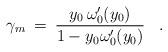
LaTeX: \begin{align*}\gamma_m \> = \> { y_0 \, \omega'_0(y_0) \over 1 - y_0 \omega'_0(y_0)}\;\;\;.\end{align*}